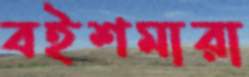
বইশমারা